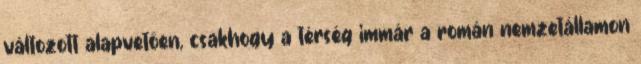
változott alapvetően, csakhogy a térség immár a román nemzetállamon